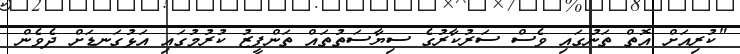
"ކުރިއަށް އޮތް ތަނުގައި ވެސް ސަރުކާރުގެ ސިޔާސަތުތައް ތަންފީޒު ކުރުމުގައި އަޅުގަނޑަށް ދެވެން